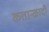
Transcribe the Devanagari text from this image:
कत्तान्कादी